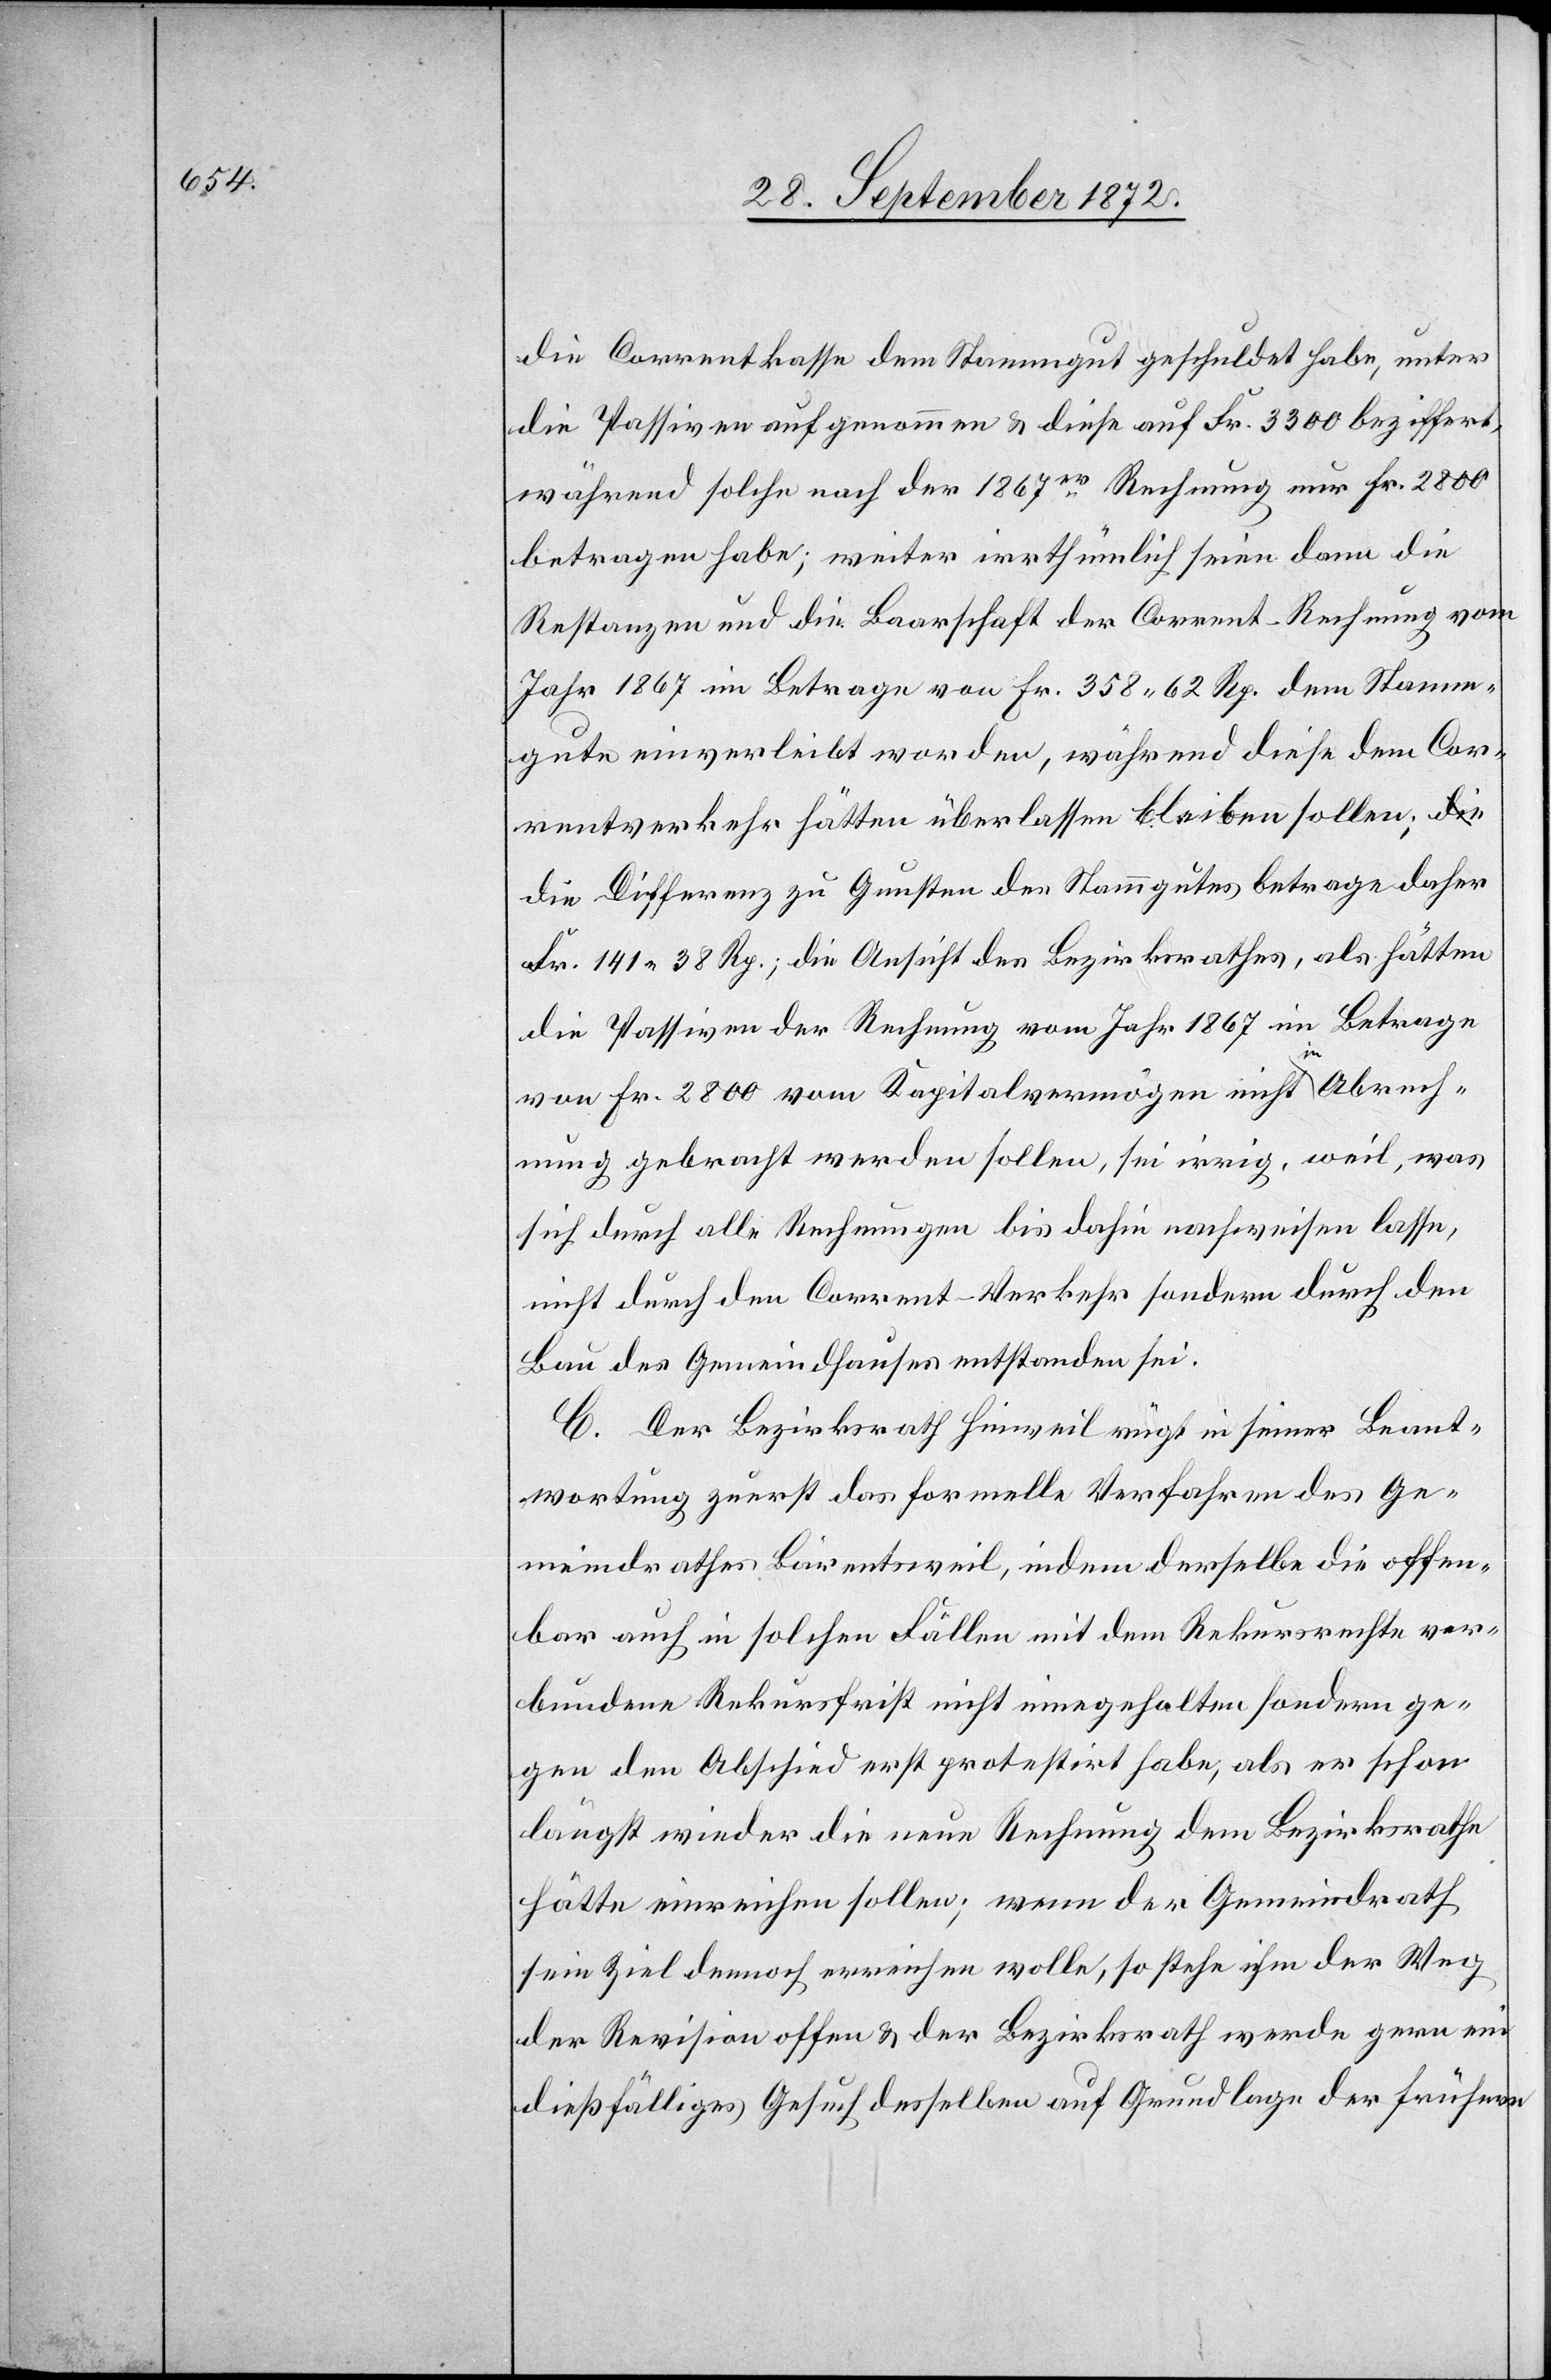
die Correntkasse dem Stammgut geschuldet habe, unter
die Passiven aufgenommen u. diese auf Fr. 3300 beziffert,
während solche nach der 1867er Rechnung nur Fr. 2800
betragen habe; weiter irrthümlich seien dann die
Restanzen und die Baarschaft der Corrent-Rechnung vom
Jahr 1867 im Betrage von Fr. 358 62 Rp. dem Stamm¬
gute einverleibt worden, während diese dem Cor¬
rentverkehr hätten überlassen bleiben sollen; d¬
ie Differenz zu Gunsten des Stammgutes betrage daher
Fr. 141 38 Rp.; die Ansicht des Bezirksrathes, als hätten
die Passiven der Rechnung vom Jahr 1867 im Betrage
von Fr. 2800 vom Kapitalvermögen nicht in Abrech¬
nung gebracht werden sollen, sei irrig, weil, was
sich durch alle Rechnungen bis dahin nachweisen lasse,
nicht durch den Corrent-Verkehr sondern durch den
Bau des Gemeindhauses entstanden sei.
C. Der Bezirksrath Hinweil rügt in seiner Beant¬
wortung zuerst das formelle Verfahren des Ge¬
meindrathes Bärentsweil, indem derselbe die offen¬
bar auch in solchen Fällen mit dem Rekursrechte ver¬
bundene Rekursfrist nicht inngehalten sondern ge¬
gen den Abschied erst protestirt habe, als er schon
längst wieder die neue Rechnung dem Bezirksrathe
hätte einreichen sollen; wenn der Gemeindrath
sein Ziel dennoch erreichen wolle, so stehe ihm der Weg
der Revision offen u. der Bezirksrath werde gern ein
dießfälliges Gesuch desselben auf Grundlage der frühern